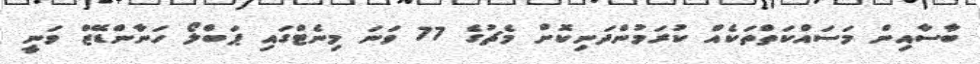
ބާސާއިން މަސައްކަތްތަކެއް ކުރަމުންދަނިކޮށް މެޗުގެ 77 ވަނަ މިނެޓްގައި ޕަބްލޯ ހަނާންޑޭޒް ވަނީ